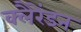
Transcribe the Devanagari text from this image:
क्लैरेंडन